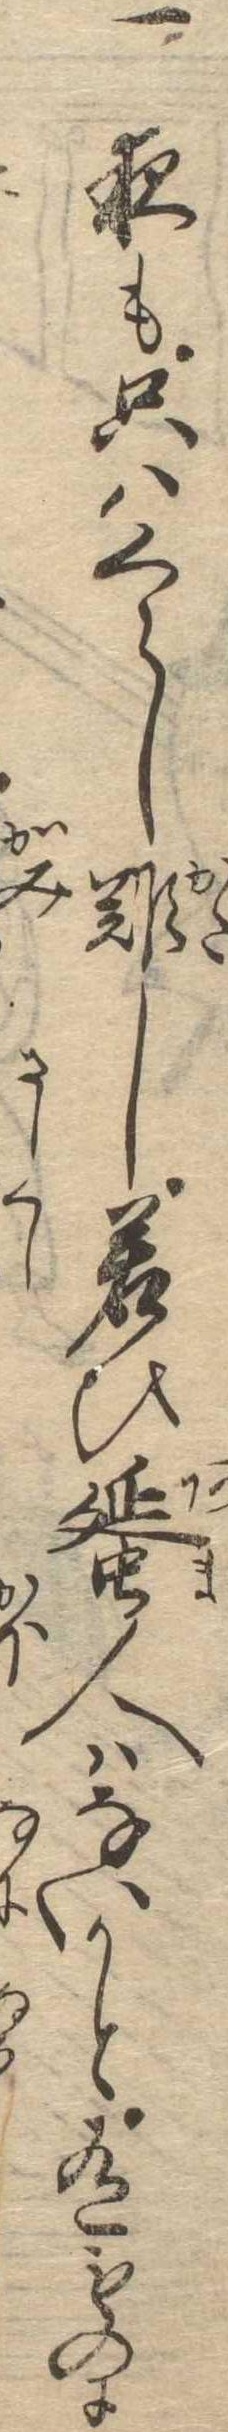
一夜も只はくらし難し若ひ蜑人はないかと有ものに